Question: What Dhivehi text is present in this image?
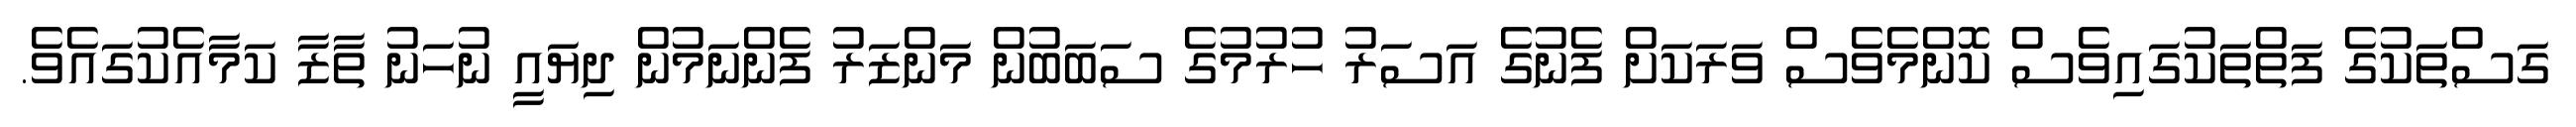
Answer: ގަސްތަކުގެ ފަތްތަކުގައިވެސް ކޮންމެވެސް ވަރަކަށް ފެނުގެ އަސަރު ހުރުމުގެ ސަބަބުން މަންޒަރު ފެންނަމުން ދިޔައީ ނުހަނު ތާޒާ ކަމާއެކުގައެވެ.